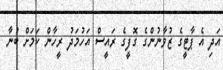
އަދި އެ ޕާޓީގެ ޒުވާނުންގެ ގޮފީގެ ރައީސް އަހުމަދު ރީހާން ކަމަށް ބުނާ